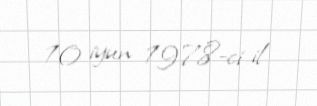
10 iyun 1978-ci il